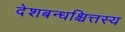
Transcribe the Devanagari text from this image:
देशबन्धश्चित्तस्य